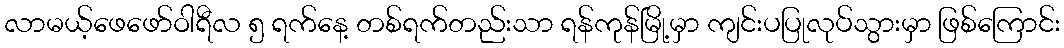
လာမယ့်ဖေဖော်ဝါရီလ ၅ ရက်နေ့ တစ်ရက်တည်းသာ ရန်ကုန်မြို့မှာ ကျင်းပပြုလုပ်သွားမှာ ဖြစ်ကြောင်း